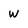
Character: W